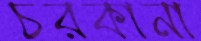
চরকানা